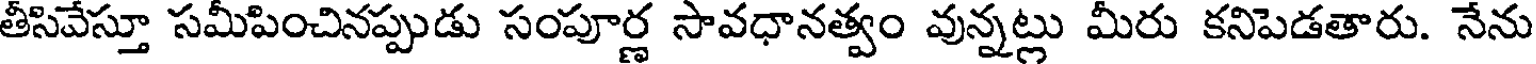
తీసివేస్తూ సమీపించినప్పుడు సంపూర్ణ సావధానత్వం వున్నట్లు మీరు కనిపెడతారు. నేను